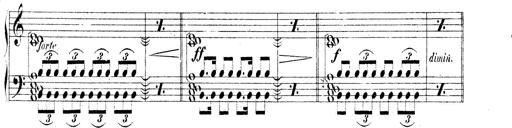
Title: Technische Studien
Composer: Franz Liszt